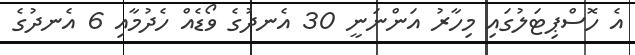
އެ ހޮސްޕިޓަލުގައި މިހާރު އަންނަނީ 30 އެނދުގެ ވޯޑެއް ހެދުމާއި 6 އެނދުގެ